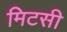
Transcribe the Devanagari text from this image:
मिटसी